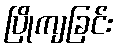
ပြိုကျခြင်း